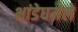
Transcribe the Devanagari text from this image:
भांडेघमेले